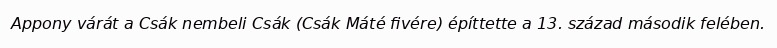
Appony várát a Csák nembeli Csák (Csák Máté fivére) építtette a 13. század második felében.